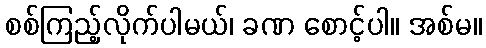
စစ်ကြည့်လိုက်ပါမယ်၊ ခဏ စောင့်ပါ။ အစ်မ။